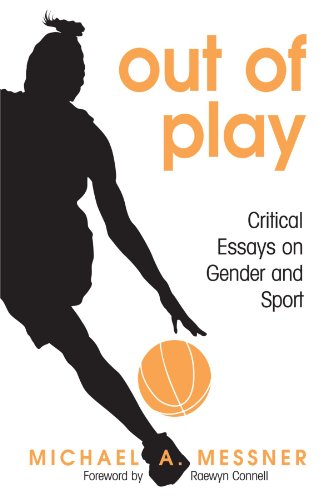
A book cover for Out of Play: Critical Essays on Gender and Sport (Suny Series on Sport, Culture, and Social Relations); Michael A. Messner; Sports & Outdoors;